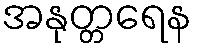
အနုတ္တရေန